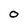
Character: 0